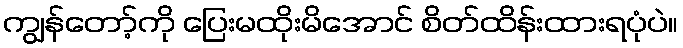
ကျွန်တော့်ကို ပြေးမထိုးမိအောင် စိတ်ထိန်းထားရပုံပဲ။